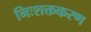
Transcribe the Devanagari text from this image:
निःशक्तकरण